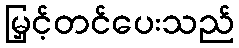
မြှင့်တင်ပေးသည်